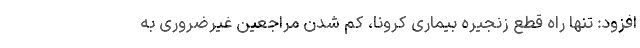
افزود: تنها راه قطع زنجیره بیماری کرونا، کم شدن مراجعین غیرضروری به